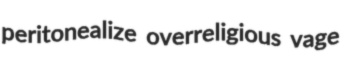
peritonealize overreligious vage